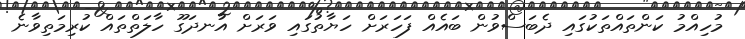
މުހިއްމު ކަންތައްތަކުގައި ދެބަސްވުން ބައެއް ފަހަރަށް ހަޔާތުގައި ވަރަށް އުނދަގޫ ހާލަތްތައް ކުރިމަތިވާނެ